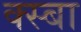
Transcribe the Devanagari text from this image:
क्स्बा